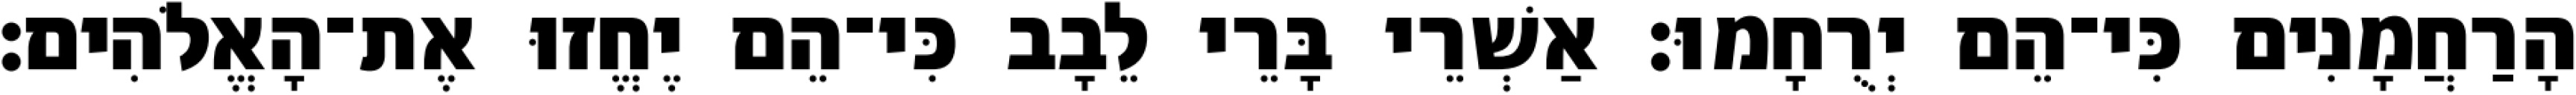
הָרַחֲמָנִים כִּי־הֵם יְרֻחָמוּ׃ אַשְׁרֵי בָּרֵי לֵבָב כִּי־הֵם יֶחֱזוּ אֶת־הָאֱלֹהִים׃